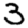
Digit: 3